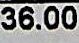
36.00